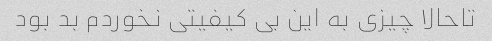
تاحالا چیزی به این بی کیفیتی نخوردم بد بود